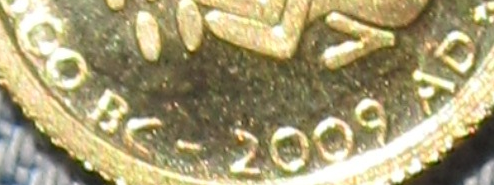
00 BC - 2009 AD